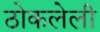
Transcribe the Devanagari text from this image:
ठोकलेली